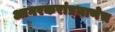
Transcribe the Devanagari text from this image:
आगरकरांप्रमाणेच